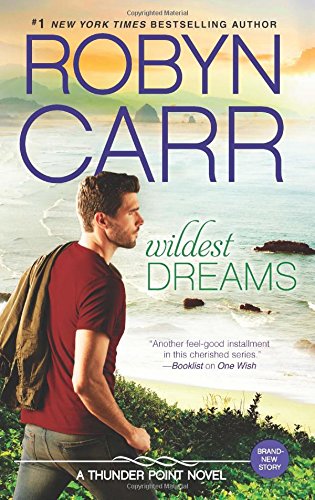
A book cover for Wildest Dreams (Thunder Point); Robyn Carr; Romance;